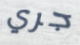
جري